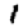
Digit: 1